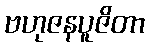
ဗဟုဇနပူဇိတာ